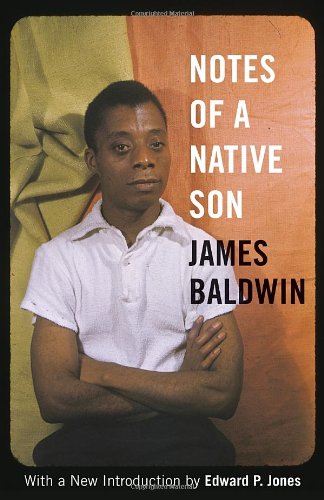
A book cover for Notes of a Native Son; James Baldwin; Literature & Fiction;